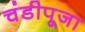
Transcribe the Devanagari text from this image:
चंडीपूजा